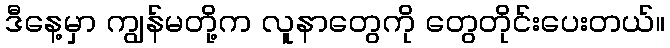
ဒီနေ့မှာ ကျွန်မတို့က လူနာတွေကို တွေတိုင်းပေးတယ်။